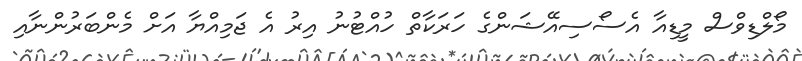
މޯލްޑިވްސް މީޑިއާ އެސޯސިއޭޝަންގެ ހަރަކާތް ހުއްޓުނު އިރު އެ ޖަމިއްޔާ އަށް މެންބަރުންނާއި